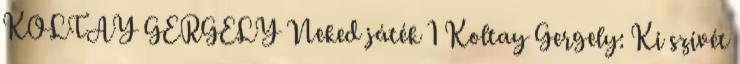
KOLTAY GERGELY Neked játék 1 Koltay Gergely: Ki szívét